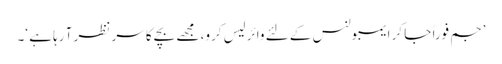
’جم فوراً جا کر ایمبولنس کے لئے وائرلیس کرو، مجھے بچے کا سر نظر آ رہا ہے ‘۔